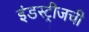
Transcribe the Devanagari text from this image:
इंडस्ट्रीजची